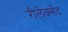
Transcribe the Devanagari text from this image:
रीलेक्सेंट